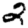
Digit: 2